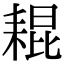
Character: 𦓼